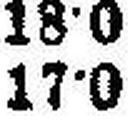
17·0